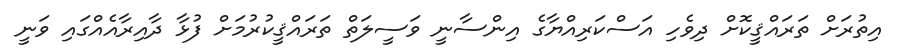
އިތުރަށް ތަރައްޤީކޮށް ދިވެހި އަސްކަރިއްޔާގެ އިންސާނީ ވަސީލަތް ތަރައްޤީކުރުމަށް ފުޅާ ދާއިރާއެއްގައި ވަނީ